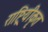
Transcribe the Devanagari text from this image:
राष्ट्रियीकृत